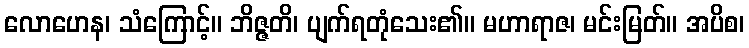
လောဟေန၊ သံကြောင့်။ ဘိဇ္ဇတိ၊ ပျက်ရတုံသေး၏။ မဟာရာဇ၊ မင်းမြတ်။ အပိစ၊